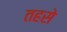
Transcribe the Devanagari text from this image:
तहसे